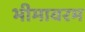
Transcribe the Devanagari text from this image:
भीमावरम